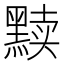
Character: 黩